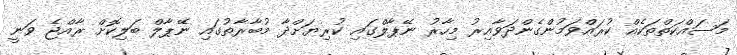
މަސައްކަތްތަކެއް ކުރައްވަމުންގެންދަވާއިރު މިހާރު ނޭޕާލްގައި ކުރިޔަށްދާ މުބާރާތުގައި ނޭޕާލް ބަލިކޮށް ރާއްޖެ ވަނީ